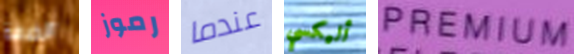
الضفة رموز عندما أليكسي PREMIUM